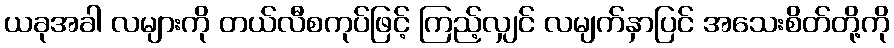
ယခုအခါ လများကို တယ်လီစကုပ်ဖြင့် ကြည့်လျှင် လမျက်နှာပြင် အသေးစိတ်တို့ကို